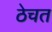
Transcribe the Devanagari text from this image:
ठेचत